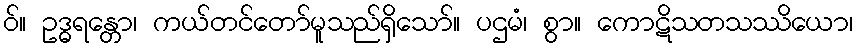
ဝ်။ ဥဒ္ဓရန္တော၊ ကယ်တင်တော်မူသည်ရှိသော်။ ပဌမံ၊ စွာ။ ကောဋိသတသဿိယော၊